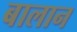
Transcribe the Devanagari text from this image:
बालान